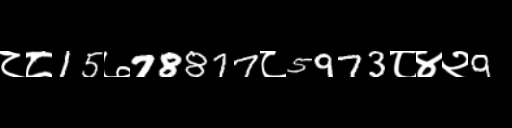
Text: ८८15७78877८5973८४२9